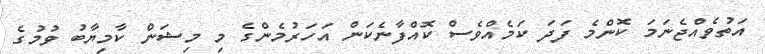
އަތުވެއްޖެނަމަ ކޮންމެ ފަދަ ކަމެއްވެސް ކޮއްފާނެކަން އަހަރުމެންގެ މި މިޝަން ކާމިޔާބު ވުމުގެ